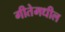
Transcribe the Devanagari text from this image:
गीतेमधील